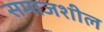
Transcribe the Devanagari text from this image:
समाजशील